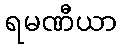
ရမဏီယာ